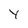
Character: Y